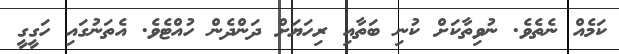
ކަމެއް ނެތެވެ. ނުވިތާކަށް ކުނި ބަތާއި ރިހަޔަށް ދަންދެން ހުއްޓެވެ. އެތަނުގައި ހަގީގީ